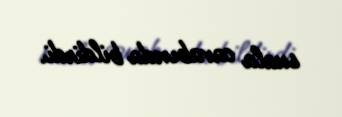
suala cavabında bildirdi.